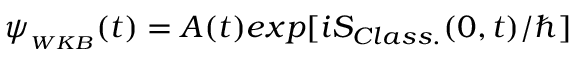
\psi _ { _ { W K B } } ( t ) = A ( t ) e x p [ i S _ { C l a s s . } ( 0 , t ) / \hbar ]